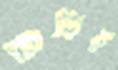
কড়ির